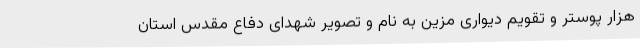
هزار پوستر و تقویم دیواری مزین به نام و تصویر شهدای دفاع مقدس استان